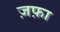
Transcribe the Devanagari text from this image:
ज़फ़ा